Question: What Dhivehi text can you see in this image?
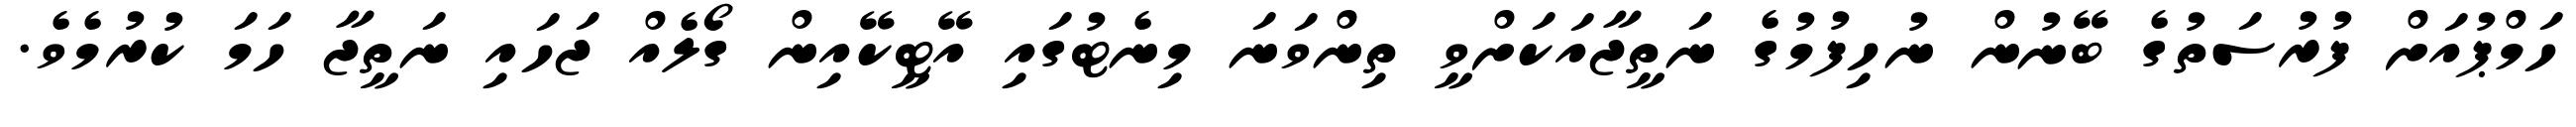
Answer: ހަމްޕުއަށް ފުރުސަތުގެ ބޭނުން ނުހިފުމުގެ ނަތީޖާއަކަށްވީ ތިންވަނަ މިނެޓުގައި އޭޓީކޭއިން ގޯލެއް ޖަހައި ނަތީޖާ ހަމަ ކުރުމެވެ.